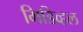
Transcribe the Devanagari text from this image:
मिडिव्हल